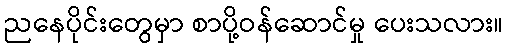
ညနေပိုင်းတွေမှာ စာပို့ဝန်ဆောင်မှု ပေးသလား။